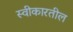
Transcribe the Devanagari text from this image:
स्वीकारतील